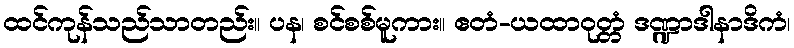
ထင်ကုန်သည်သာတည်း။ ပန၊ စင်စစ်မူကား။ ဧတံ-ယထာဝုတ္တံ ဒဏ္ဍာဒါနာဒိကံ၊